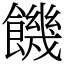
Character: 饑